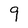
Character: 9